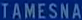
TAMESNA